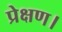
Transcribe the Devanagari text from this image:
प्रेक्षण।